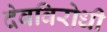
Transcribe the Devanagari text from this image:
देवविरोधी